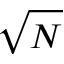
\sqrt { N }